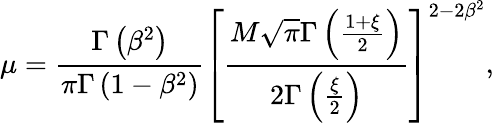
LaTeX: \mu=\frac{\Gamma\left(\beta^{2}\right)}{\pi\Gamma\left(1-\beta^{2}\right)}\left[\frac{M\sqrt{\pi}\Gamma\left(\frac{1+\xi}{2}\right)}{2\Gamma\left(\frac{\xi}{2}\right)}\right]^{2-2\beta^{2}},